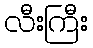
လီးကြီး